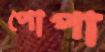
পোপা